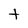
Character: t